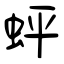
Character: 蚲